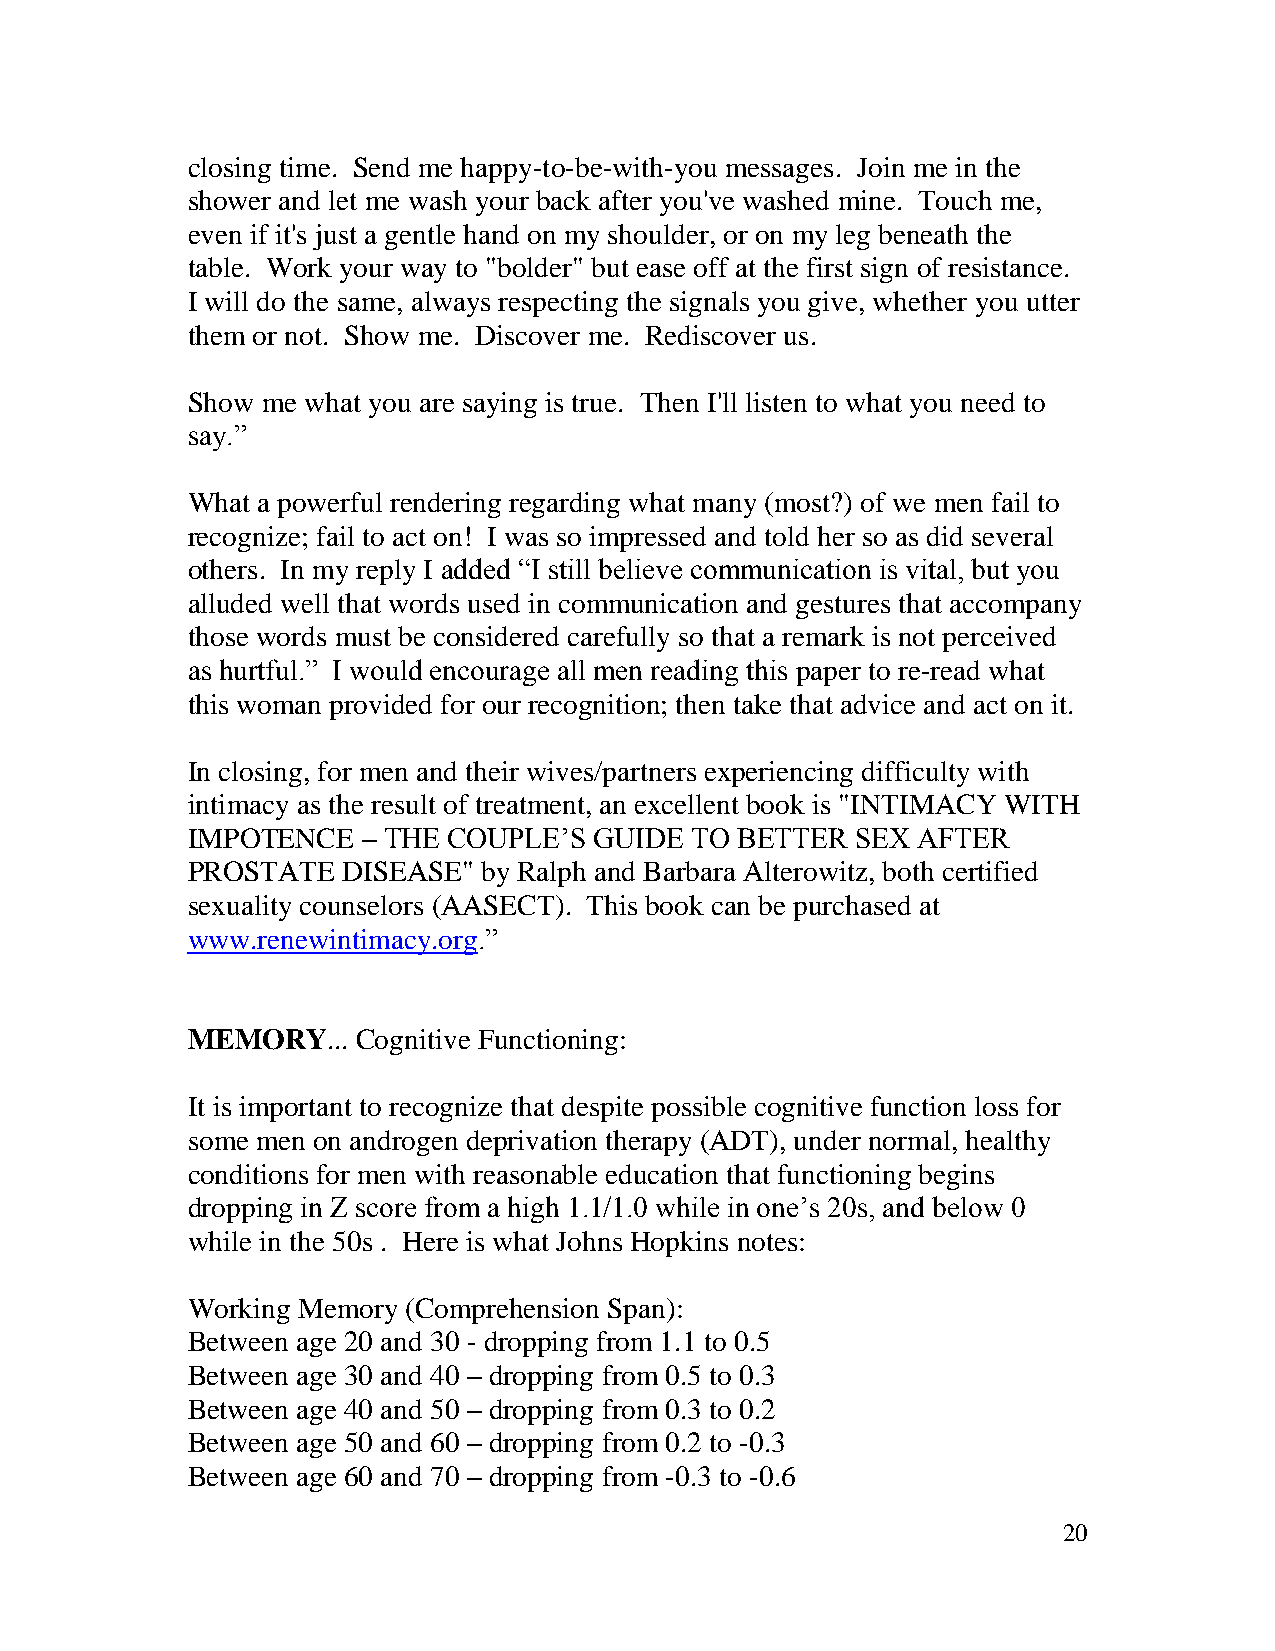
closing time. Send me happy-to-be-with-you messages. Join me in the
 shower and let me wash your back after you've washed mine. Touch me,
 even if it's just a gentle hand on my shoulder, or on my leg beneath the
 table. Work your way to "bolder" but ease off at the first sign of resistance.
 I will do the same, always respecting the signals you give, whether you utter
 them or not. Show me. Discover me. Rediscover us.
 Show me what you are saying is true. Then I'll listen to what you need to
 say.”
 What a powerful rendering regarding what many (most?) of we men fail to
 recognize; fail to act on! I was so impressed and told her so as did several
 others. In my reply I added “I still believe communication is vital, but you
 alluded well that words used in communication and gestures that accompany
 those words must be considered carefully so that a remark is not perceived
 as hurtful.” I would encourage all men reading this paper to re-read what
 this woman provided for our recognition; then take that advice and act on it.
 In closing, for men and their wives/partners experiencing difficulty with
 intimacy as the result of treatment, an excellent book is "INTIMACY WITH
 IMPOTENCE   – THE COUPLE’S GUIDE  TO BETTER  SEX AFTER
 PROSTATE   DISEASE" by Ralph and Barbara Alterowitz, both certified
 sexuality counselors (AASECT). This book can be purchased at
 www.renewintimacy.org.”
 MEMORY...   Cognitive Functioning:
 It is important to recognize that despite possible cognitive function loss for
 some men on androgen deprivation therapy (ADT), under normal, healthy
 conditions for men with reasonable education that functioning begins
 dropping in Z score from a high 1.1/1.0 while in one’s 20s, and below 0
 while in the 50s . Here is what Johns Hopkins notes:
 Working Memory (Comprehension Span):
 Between age 20 and 30 - dropping from 1.1 to 0.5
 Between age 30 and 40 – dropping from 0.5 to 0.3
 Between age 40 and 50 – dropping from 0.3 to 0.2
 Between age 50 and 60 – dropping from 0.2 to -0.3
 Between age 60 and 70 – dropping from -0.3 to -0.6
 20